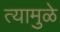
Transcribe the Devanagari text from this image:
त्यामुळे